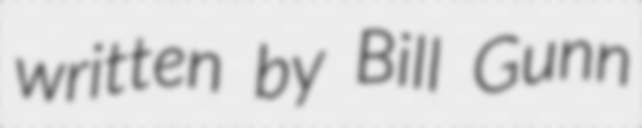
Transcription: written by Bill Gunn